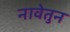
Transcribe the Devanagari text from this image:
नावेतुन